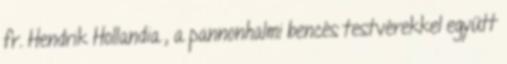
fr. Hendrik Hollandia , a pannonhalmi bencés testvérekkel együtt